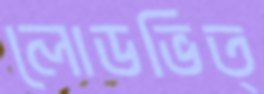
লোডভিত্